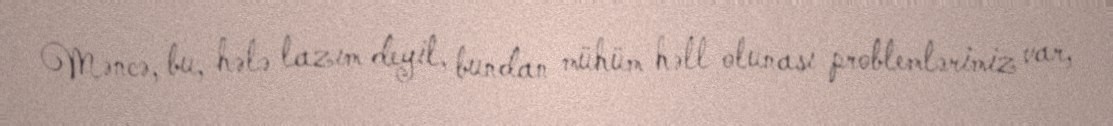
Məncə, bu, hələ lazım deyil, bundan mühüm həll olunası problemlərimiz var,